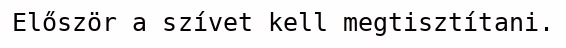
Először a szívet kell megtisztítani.